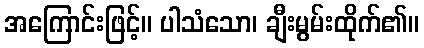
အကြောင်းဖြင့်။ ပါသံသော၊ ချီးမွမ်းထိုက်၏။